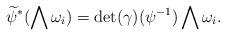
LaTeX: \begin{align*}\begin{aligned}\widetilde{\psi}^{\ast}(\bigwedge {\omega}_i)=\det(\gamma)(\psi^{-1}) \bigwedge {\omega}_i .\end{aligned}\end{align*}